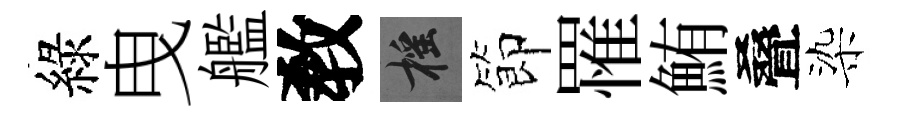
綠曳艦敎摇節罹鮪叠染